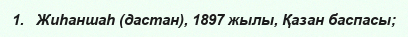
1.   Жиһаншаһ (дастан), 1897 жылы, Қазан баспасы;